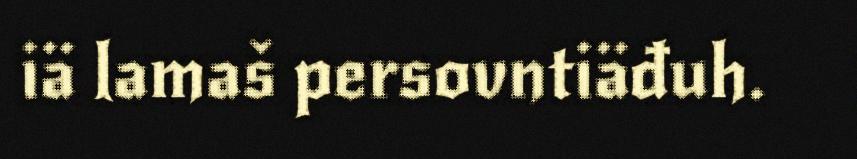
iä lamaš persovntiäđuh.